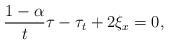
LaTeX: \begin{align*}\frac{1-\alpha}{t}\tau-\tau_t+2\xi_x=0,\end{align*}